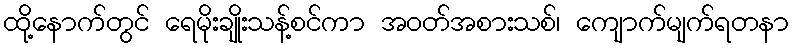
ထို့နောက်တွင် ရေမိုးချိုးသန့်စင်ကာ အဝတ်အစားသစ်၊ ကျောက်မျက်ရတနာ